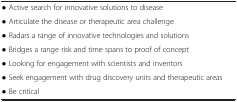
<table><thead><tr><td colspan="2"><b> </b></td></tr></thead><tbody><tr><td colspan="2">• Active search for innovative solutions to disease</td></tr><tr><td colspan="2">• Articulate the disease or therapeutic area challenge</td></tr><tr><td colspan="2">• Radars a range of innovative technologies and solutions</td></tr><tr><td colspan="2">• Bridges a range risk and time spans to proof of concept</td></tr><tr><td colspan="2">• Looking for engagement with scientists and inventors</td></tr><tr><td colspan="2">• Seek engagement with drug discovery units and therapeutic areas</td></tr><tr><td colspan="2">• Be critical</td></tr></tbody></table>